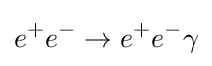
e^{+}e^{-}\to e^{+}e^{-}\gamma